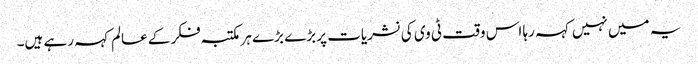
یہ میں نہیں کہہ رہا اس وقت ٹی وی کی نشریات پر بڑے بڑے ہر مکتبہ فکر کے عالم کہہ رہے ہیں۔